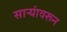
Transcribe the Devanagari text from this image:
साऱ्यांवरून